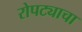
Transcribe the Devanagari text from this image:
रोपट्याचा